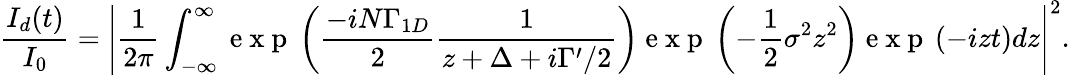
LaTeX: \frac{I_{d}(t)}{I_{0}}=\left|\frac{1}{2\pi}\int_{-\infty}^{\infty}\mathrm{~e~x~p~}\left(\frac{-iN\Gamma_{1D}}{2}\frac{1}{z+\Delta+i\Gamma^{\prime}/2}\right)\mathrm{~e~x~p~}\left(-\frac{1}{2}\sigma^{2}z^{2}\right)\mathrm{~e~x~p~}\left(-izt\right)dz\right|^{2}.